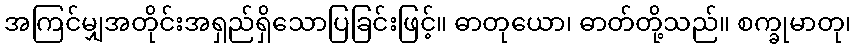
အကြင်မျှအတိုင်းအရှည်ရှိသောပြခြင်းဖြင့်။ ဓာတုယော၊ ဓာတ်တို့သည်။ စက္ခုမာတု၊